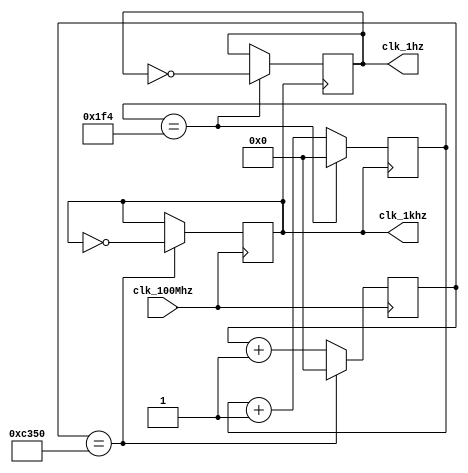
module frequency_diver (clk_100Mhz,clk_1khz,clk_1hz);
    input clk_100Mhz;
    output clk_1hz,clk_1khz;
    reg [20:0] count_temp1,count_temp2;
    reg clk_1hz,clk_1khz;

    initial 
    begin
        clk_1khz=0;clk_1hz=0;count_temp1=0;count_temp2=0;
    end
    //1khz1khz1hz
    always @(posedge clk_100Mhz ) 
    begin
        count_temp1 <= count_temp1 + 1;
        if (count_temp1==20'd50000) 
        begin
            clk_1khz <= ~clk_1khz;
            count_temp1 <= 0;
        end
    end

    always @(posedge clk_1khz ) 
    begin
        count_temp2 <= count_temp2 + 1;
        if (count_temp2==10'd500) 
        begin
            clk_1hz <= ~clk_1hz;
            count_temp2 <= 0;
        end
    end
endmodule